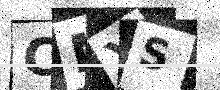
Text: CMYS